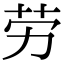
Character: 劳